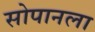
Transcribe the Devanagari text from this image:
सोपानला